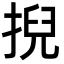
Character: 掜